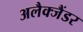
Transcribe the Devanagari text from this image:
अलैक्जैंडर